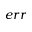
e r r